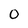
Character: 0